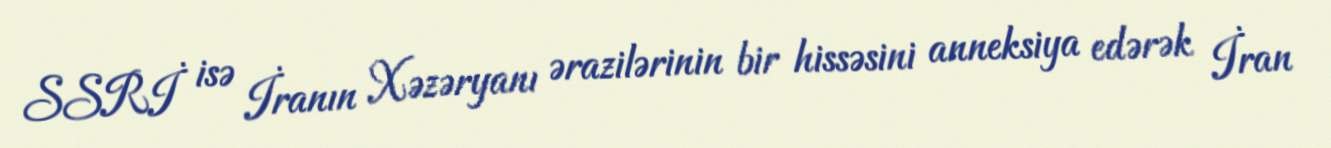
SSRİ isə İranın Xəzəryanı ərazilərinin bir hissəsini anneksiya edərək İran